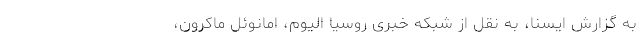
به گزارش ایسنا، به نقل از شبکه خبری روسیا الیوم، امانوئل ماکرون،